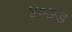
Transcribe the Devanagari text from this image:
४०७ड